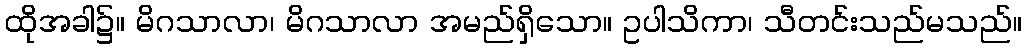
ထိုအခါ၌။ မိဂသာလာ၊ မိဂသာလာ အမည်ရှိသော။ ဥပါသိကာ၊ သီတင်းသည်မသည်။